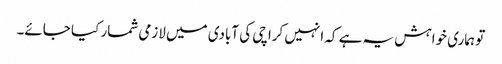
تو ہماری خواہش یہ ہے کہ انہیں کراچی کی آبادی میں لازمی شمار کیا جائے۔